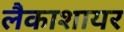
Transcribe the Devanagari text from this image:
लैकाशायर